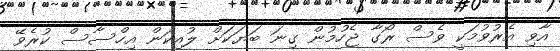
އާވި އެރުވުމަކީ ވެސް ރޯގާ ޖެހުމުން ގިނަ ބަޔަކަށް ލުއިކަން އިހްސާސް ކުރެވޭ